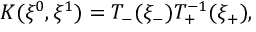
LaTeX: K ( \xi ^ { 0 } , \xi ^ { 1 } ) = T _ { - } ( \xi _ { - } ) T _ { + } ^ { - 1 } ( \xi _ { + } ) ,